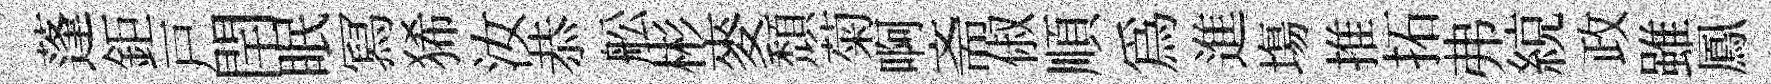
蓬鉅戸閈眠冩狶汝恭舩彬麥頹菊啊斋俶順為進塲推拓弗綂政雖鳳